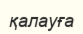
қалауға